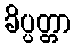
ခိပ္ပတ္တာ